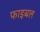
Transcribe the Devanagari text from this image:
फाइबल